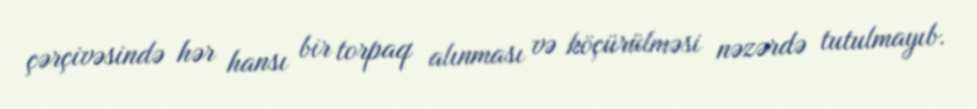
çərçivəsində hər hansı bir torpaq alınması və köçürülməsi nəzərdə tutulmayıb.